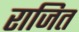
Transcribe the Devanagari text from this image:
राजित